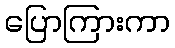
ပြောကြားကာ